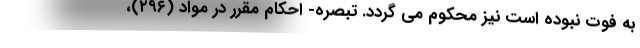
به فوت نبوده است نیز محکوم می گردد. تبصره- احکام مقرر در مواد (۲۹۶)،